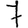
Digit: 7